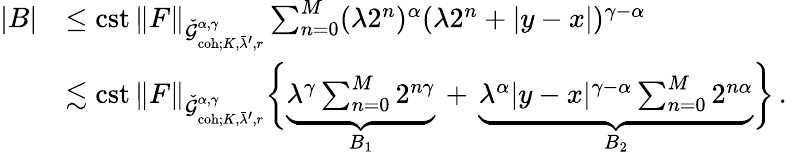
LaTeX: \begin{array}{rl}{|B|}&{\le\mathrm{cst}\, \| F\| _{\check{\mathcal{G}}_{\mathrm{coh};K,\bar{\lambda}^{\prime},r}^{\alpha,\gamma}}\sum_{n=0}^{M}(\lambda 2^{n})^{\alpha}(\lambda 2^{n}+|y-x|)^{\gamma-\alpha}}\\ &{\lesssim\mathrm{cst}\, \| F\| _{\check{\mathcal{G}}_{\mathrm{coh};K,\bar{\lambda}^{\prime},r}^{\alpha,\gamma}}\bigg\{ \underbrace{\lambda^{\gamma}\sum_{n=0}^{M}2^{n\gamma}}_{B_{1}}\, +\, \underbrace{\lambda^{\alpha}|y-x|^{\gamma-\alpha}\sum_{n=0}^{M}2^{n\alpha}}_{B_{2}}\bigg\} \, .}\end{array}